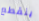
ينقطع